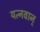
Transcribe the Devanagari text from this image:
यत्नवान्